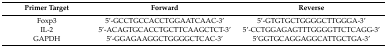
<table><thead><tr><td><b>Primer Target</b></td><td><b>Forward</b></td><td><b>Reverse</b></td></tr></thead><tbody><tr><td>Foxp3</td><td>5’-GCCTGCCACCTGGAATCAAC-3’</td><td>5’-GTGTGCTGGGGCTTGGGA-3’</td></tr><tr><td>IL-2</td><td>5’-ACAGTGCACCTGCTTCAAGCTCT-3’</td><td>5’-CCTGGAGAGTTTGGGGTTCTCAGG-3’</td></tr><tr><td>GAPDH</td><td>5’-GGAGAAGGCTGGGGCTCAC-3’</td><td>5’GGTGCAGGAGGCATTGCTGA-3’</td></tr></tbody></table>